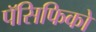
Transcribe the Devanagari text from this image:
पॅसिफिको